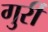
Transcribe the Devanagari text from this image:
गुर्री